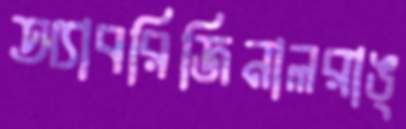
অ্যাবরিজিনালরাঙ্